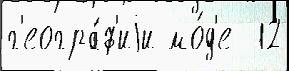
г'еогра́ф'иjи мо́д'е  12